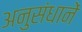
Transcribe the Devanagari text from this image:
अनुसंधानें